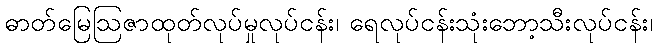
ဓာတ်မြေဩဇာထုတ်လုပ်မှုလုပ်ငန်း၊ ရေလုပ်ငန်းသုံးဘော့သီးလုပ်ငန်း၊